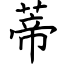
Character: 蒂